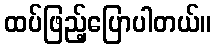
ထပ်ဖြည့်ပြောပါတယ်။